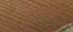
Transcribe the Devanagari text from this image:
स्पन्जों